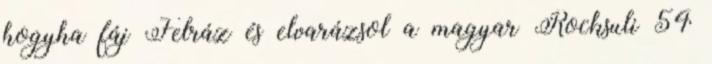
hogyha fáj Felráz és elvarázsol a magyar Rocksuli 54